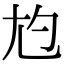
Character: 尥